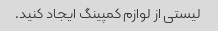
لیستی از لوازم کمپینگ ایجاد کنید.